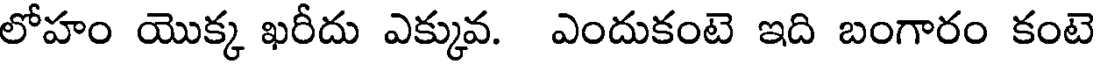
లోహం యొక్క ఖరీదు ఎక్కువ. ఎందుకంటె ఇది బంగారం కంటె